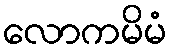
လောကမိမံ